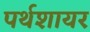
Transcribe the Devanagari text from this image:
पर्थशायर